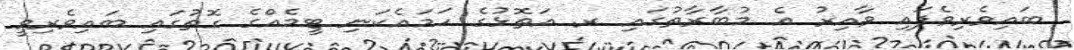
ބައިވެރިވެފައި ވާއިރު އެ މުބާރާތުގައި ރ. އަތޮޅުގެ ހަމައެކަނި ޓީމެއްގެ ގޮތުގައި ބައިވެރިވީ